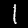
Digit: 1